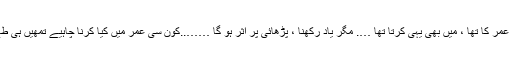
جب تمھاری عمر کا تھا ، میں بھی یہی کرتا تھا …. مگر یاد رکھنا ، پڑھائی پر اثر ہو گا ……..کون سی عمر میں کیا کرنا چاہیے تمھیں ہی طے کرنا ہوگا۔